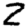
Digit: 2